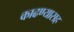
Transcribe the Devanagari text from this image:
काढण्यासह